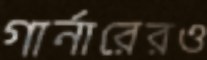
গার্নারেরও